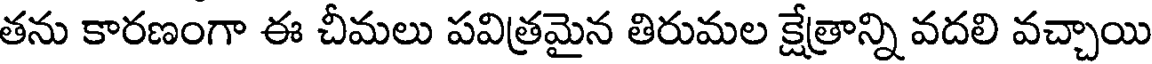
తను కారణంగా ఈ చీమలు పవిత్రమైన తిరుమల క్షేత్రాన్ని వదలి వచ్చాయి